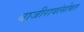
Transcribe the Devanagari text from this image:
बाजीरावांसोबत